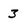
Character: 3